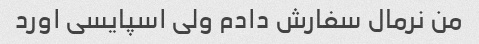
من نرمال سفارش دادم ولی اسپایسی اورد